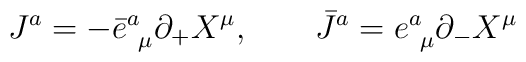
J^a = - \bar e^a_{~\mu}\partial_{+}X^{\mu},\qquad \bar J^a =  e^a_{~\mu}	\partial_{-}X^{\mu}